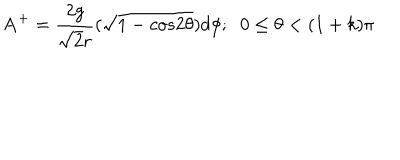
{ \bf A } ^ { + } = \frac { 2 g } { { \sqrt { 2 } } r } ( \sqrt { 1 - c o s 2 { \theta } } ) d { \phi } ; \; \; 0 \leq { \theta } < ( 1 + k ) { \pi }